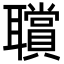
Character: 𦘆